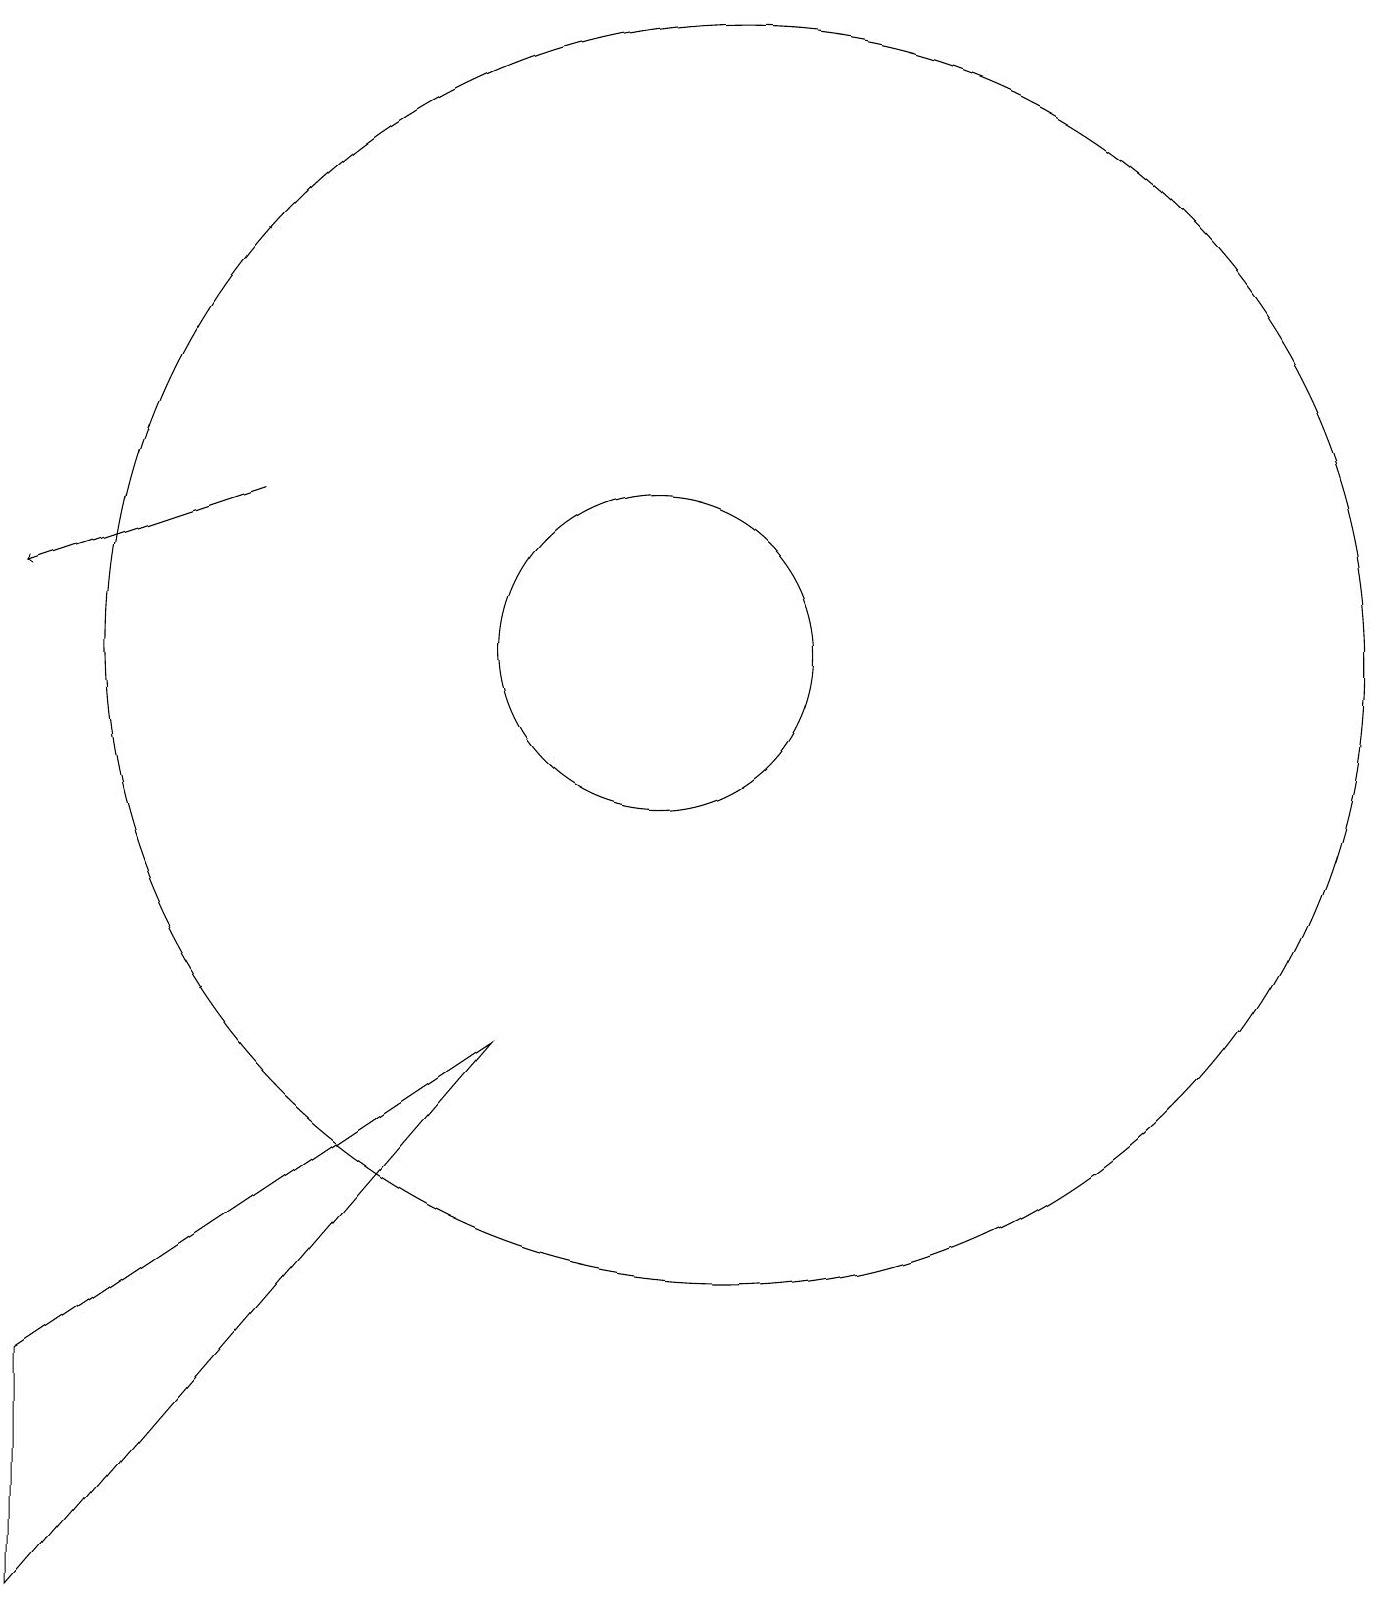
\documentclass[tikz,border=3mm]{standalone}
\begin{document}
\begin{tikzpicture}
\draw (12,12) circle (8);
\draw[->] (6,14) -- (3,13);
\draw (11,12) circle (2);
\draw (9,7) -- (3,0) -- (3,3) -- cycle;
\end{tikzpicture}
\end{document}